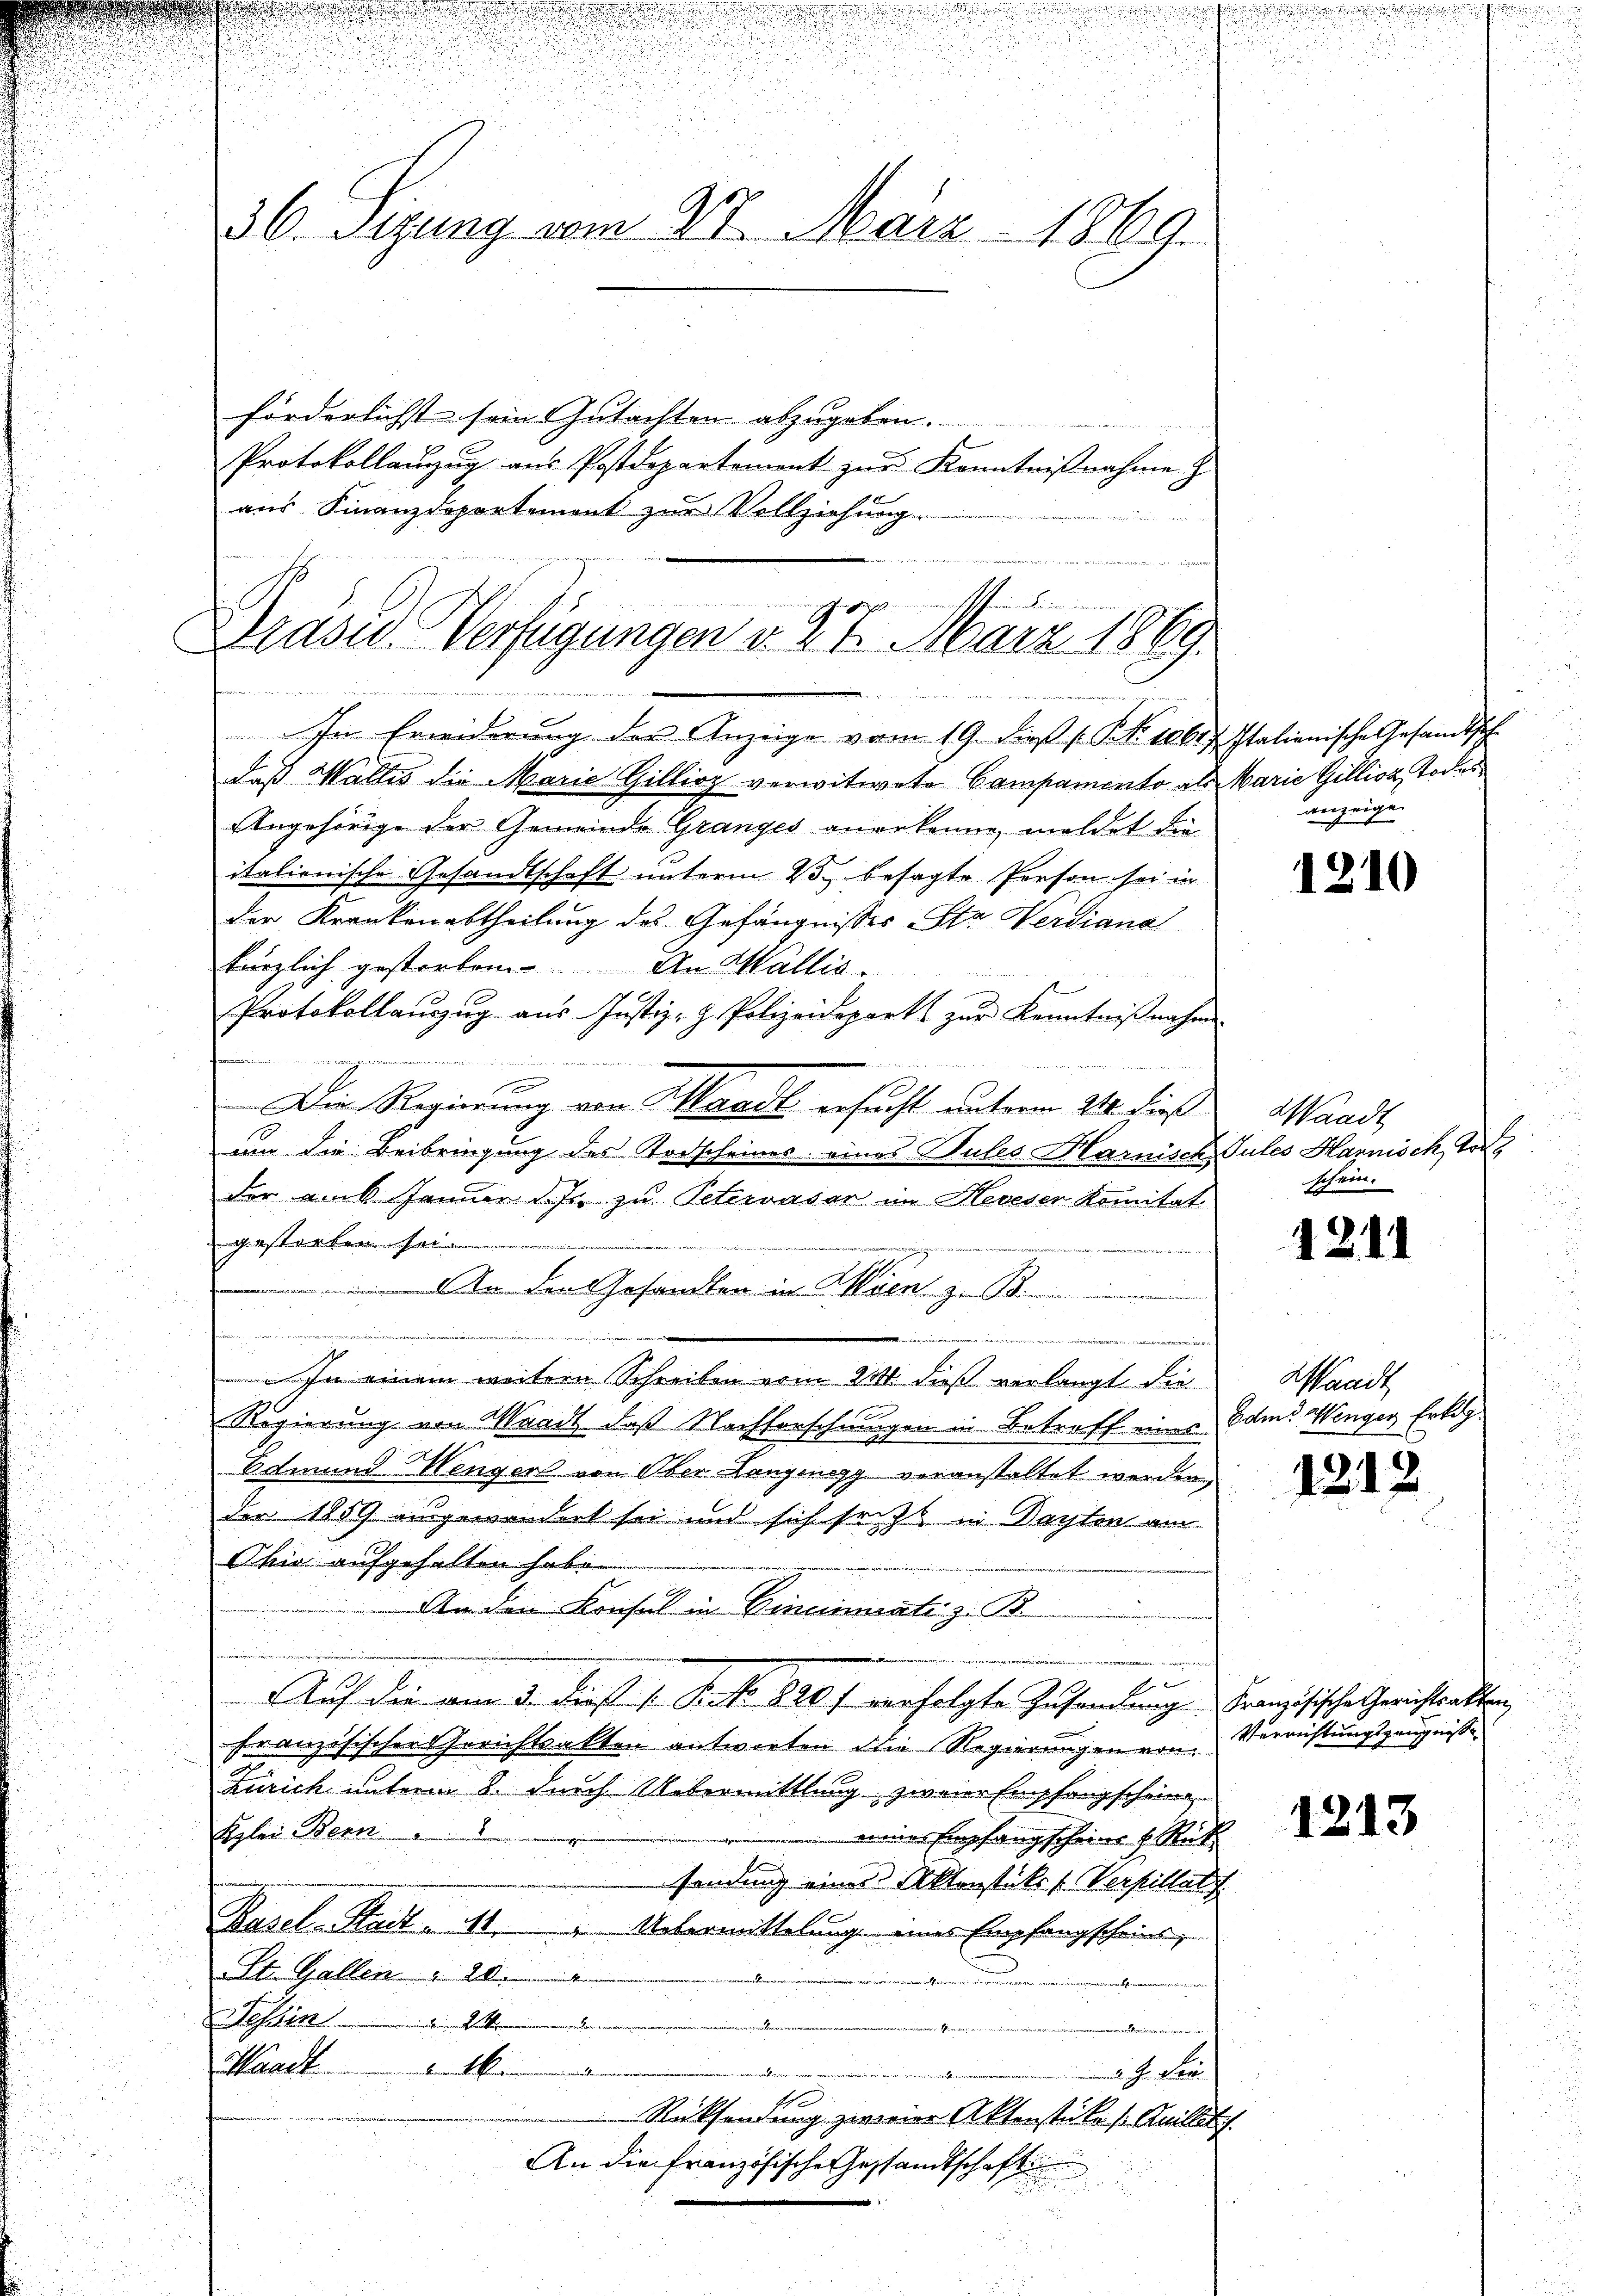
.

u
n

u

e

52
36. Sitzung vom 27. März 1869.
förderlichst sein Gutachten abzugeben.
menen
Protokollanzug aus Postdepartement zur Kenntnißnahme z
aus Finanzdepartement zur Vollziehung

temn Gemeinen
.
G
Draser-Verfügungen v. 27. März 1869.

In Erwiderung der Anzeige vom 19. die P. P. Nr. 106 f. Italienische Gesandtsch
E
daß Wallis die Marie Gillioz verwitwete Campamento als Marie Gillioz, Todes¬
Angehörige der Gemeinde Granzes anerkenne, meldet die
italienische Gesandtschaft unterm 23. besagte Person sei in
der Krankenabtheilung des Gefängnisses Sta Werdigna
kärzlich gestorben. An Wallis.
Protokollanzŭg aŭs Justiz- & Polizeidepart zŭr Kenntniβnahm
u
e
g
Die Regierung von Waadt ersucht unterm 24. dieß
um die Beibringung des Todscheines eines Pules Harnisch Gutes Harnisch, Tor
der am 6. Januar d. Js. zu Petervasar im Heveser Komitat
gestarken sei
 An den Gesandten in Wien zu Be
n
d
 In einem weitere Schreiben vom 21. dieß verlangt die
Regierung von Waadt, daß Nachforschrungen in Betroff eines Edm. Wenger Erklag¬
Botmund Wenger von Ober Langenegg veranstaltet werden,
der 1859 eingewandert sei und sich setzt in Darsten am
Phia aufgehalten habe.
An den Konsul in Cincinati z. B.
w
Auf die am 3. dieß v. P. Nr. 800 f verfolgte Zusammlung Französische Gerichtsalten
französischen Gerichtsakten antworten die Regierungen von
Zürich unterm 8. durch Uebermittlung zweier Empfangschein
Szlei Bern
mines Empfangscheine u. Rück
sendung eines Aktenstückes Verpillat
Basel-Stadt M.  "   Uebermittelung eines Empfangscheins,
St. Gallen
erath
Fürzerer
Tessin
nein seinen Peten
wen

Hanck
in dem M. einen
worden Kernere
2 J. der
Rücksendung zweier Aktenstück ( Anillit
An die Französische Gestandtschaft

anzeige

1210

Waadt
schein.

1211

Waadt

1212

Verrichtungszeugniße

1213